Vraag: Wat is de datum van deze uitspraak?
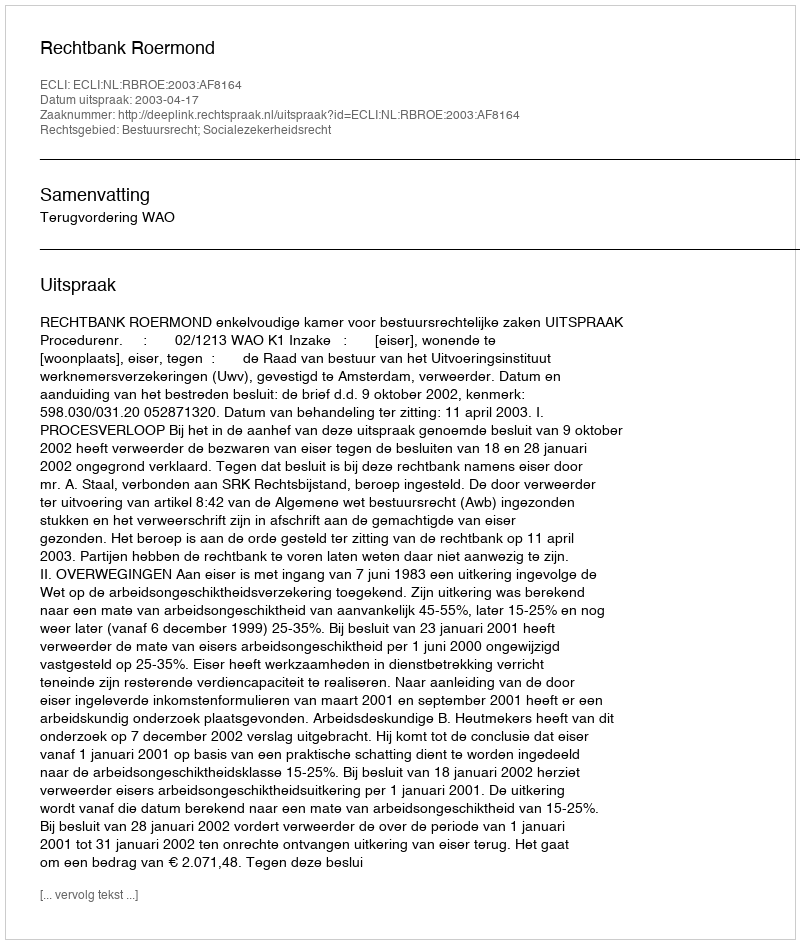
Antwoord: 2003-04-17